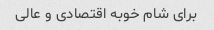
برای شام خوبه اقتصادی و عالی